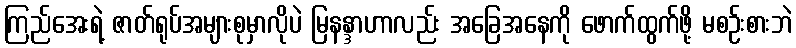
ကြည်အေးရဲ့ ဇာတ်ရုပ်အများစုမှာလိုပဲ မြနန္ဒာဟာလည်း အခြေအနေကို ဖောက်ထွက်ဖို့ မစဉ်းစားဘဲ